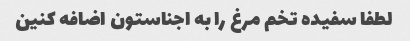
لطفا سفیده تخم مرغ را به اجناستون اضافه کنین